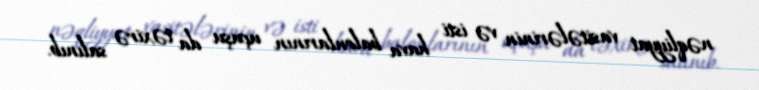
nəqliyyat vasitələrinin və isti hava balonlarının uçuşu da təxirə salınıb.